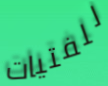
للفتيات